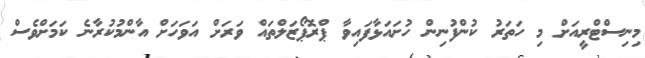
މިނިސްޓްރީއަށް މި ހަތަރު ކުންފުނިން ހުށައަޅާފައިވާ ޕްރޮޕޯޒަލްތައް ވަރަށް އަވަހަށް އާންމުކުރާނެ ކަމަށްވެސް